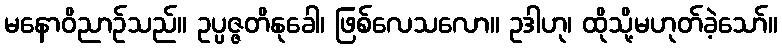
မနောဝိညာဉ်သည်။ ဥပ္ပဇ္ဇတိနုခေါ၊ ဖြစ်လေသလော။ ဥဒါဟု၊ ထိုသို့မဟုတ်ခဲ့သော်။